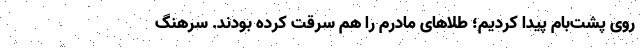
روی پشت‌بام پیدا کردیم؛ طلا‌های مادرم را هم سرقت کرده بودند. سرهنگ